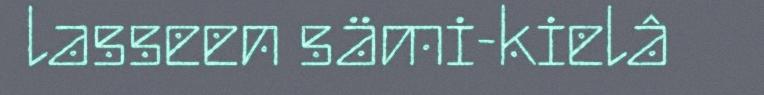
lasseen sämi-kielâ